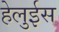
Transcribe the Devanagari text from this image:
हेलुईस